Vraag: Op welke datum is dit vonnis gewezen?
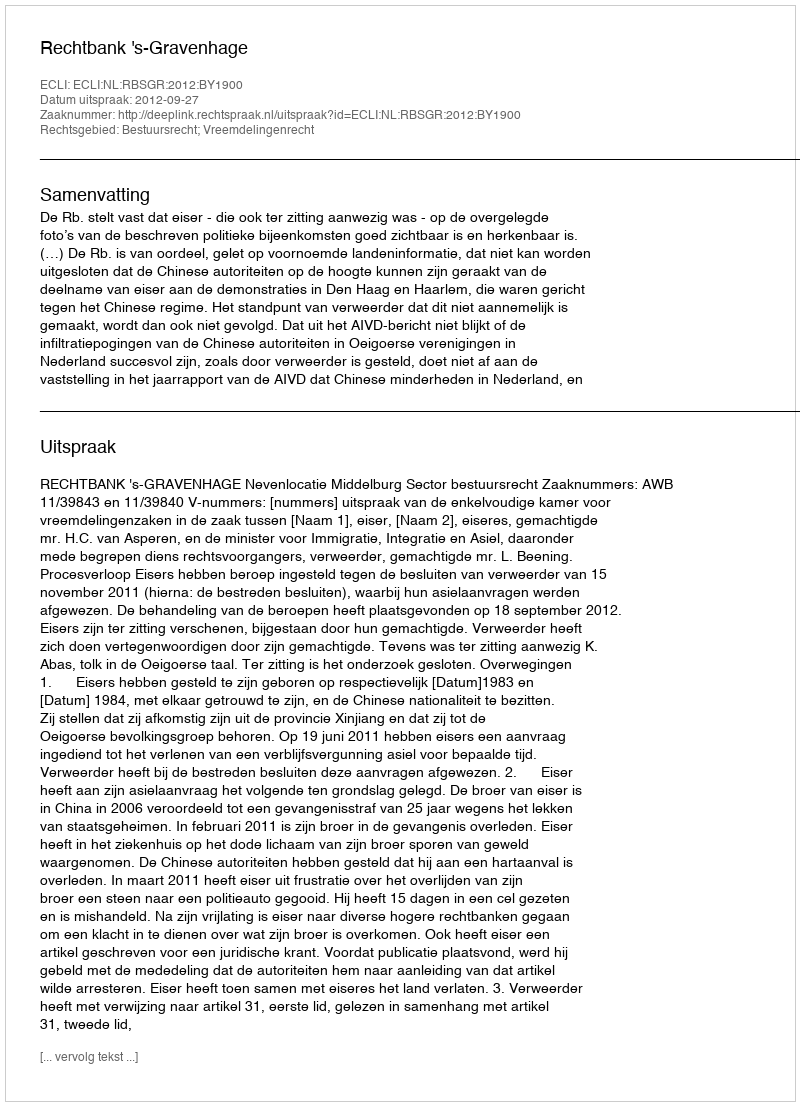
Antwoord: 2012-09-27